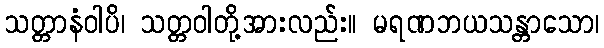
သတ္တာနံဝါပိ၊ သတ္တဝါတို့အားလည်း။ မရဏဘယသန္တာသော၊